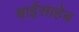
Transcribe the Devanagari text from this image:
बाईसाहेब